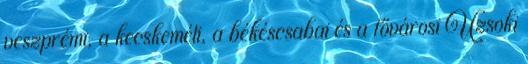
veszprémi, a kecskeméti, a békéscsabai és a fővárosi Uzsoki